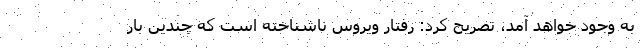
به وجود خواهد آمد، تصریح کرد: رفتار ویروس ناشناخته است که چندین بار